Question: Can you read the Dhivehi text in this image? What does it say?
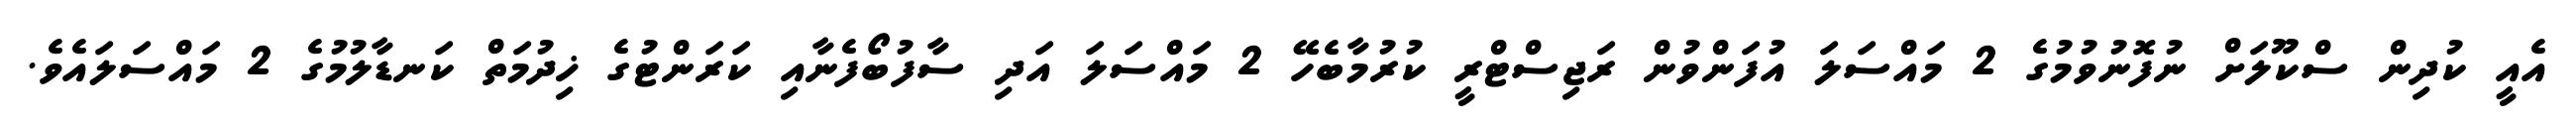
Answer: އެއީ ކުދިން ސްކޫލަށް ނުފޮނުވުމުގެ 2 މައްސަލަ އުފަންވުން ރަޖިސްޓްރީ ކުރުމާބެހޭ 2 މައްސަލަ އަދި ސާފުބޯފެނާއި ކަރަންޓުގެ ޚިދުމަތް ކަނޑާލުމުގެ 2 މައްސަލައެވެ.